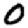
Digit: 0